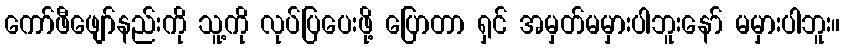
ကော်ဖီဖျော်နည်းကို သူ့ကို လုပ်ပြပေးဖို့ ပြောတာ ရှင် အမှတ်မမှားပါဘူးနော် မမှားပါဘူး။